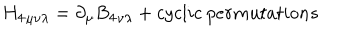
{ H _ { 4 } } _ { \mu \nu \lambda } = \partial _ { \mu } { B _ { 4 } } _ { \nu \lambda } + c y c l i c ~ p e r m u t a t i o n s